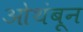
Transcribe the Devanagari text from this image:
ओथंबून